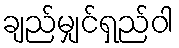
ချည်မျှင်ရှည်ဝါ